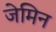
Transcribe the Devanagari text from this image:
जेमिन